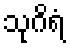
သုဂိရံ